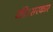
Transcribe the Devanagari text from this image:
की।सरकार